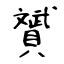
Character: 贇